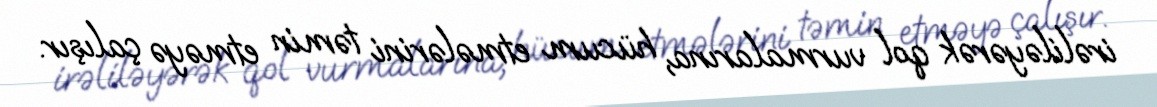
irəliləyərək qol vurmalarına, hücum etmələrini təmin etməyə çalışır.